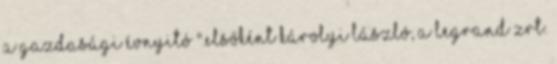
a gazdasági évnyitó ".Elsőként Károlyi László, a Legrand Zrt.